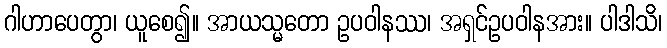
ဂါဟာပေတွာ၊ ယူစေ၍။ အာယသ္မတော ဥပဝါနဿ၊ အရှင်ဥပဝါနအား။ ပါဒါသိ၊